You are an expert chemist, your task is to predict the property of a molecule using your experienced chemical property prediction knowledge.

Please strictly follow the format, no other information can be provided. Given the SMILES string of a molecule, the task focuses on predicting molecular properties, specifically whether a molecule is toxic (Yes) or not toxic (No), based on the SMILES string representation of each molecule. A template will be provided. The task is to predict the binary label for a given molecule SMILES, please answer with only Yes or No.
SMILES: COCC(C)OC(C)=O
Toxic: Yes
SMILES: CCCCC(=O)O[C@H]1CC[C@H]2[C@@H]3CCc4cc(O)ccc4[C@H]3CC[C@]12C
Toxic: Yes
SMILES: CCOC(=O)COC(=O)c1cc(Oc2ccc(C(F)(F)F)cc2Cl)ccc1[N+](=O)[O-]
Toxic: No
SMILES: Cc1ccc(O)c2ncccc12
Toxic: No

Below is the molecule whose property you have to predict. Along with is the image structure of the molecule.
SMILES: CN[C@@H]1[C@H](O[C@H]2[C@H](O[C@@H]3[C@@H](NC(=N)N)[C@H](O)[C@@H](NC(=N)N)[C@H](O)[C@H]3O)O[C@@H](C)[C@]2(O)CO)O[C@@H](CO)[C@H](O)[C@H]1O.CN[C@@H]1[C@H](O[C@H]2[C@H](O[C@@H]3[C@@H](NC(=N)N)[C@H](O)[C@@H](NC(=N)N)[C@H](O)[C@H]3O)O[C@@H](C)[C@]2(O)CO)O[C@@H](CO)[C@H](O)[C@H]1O
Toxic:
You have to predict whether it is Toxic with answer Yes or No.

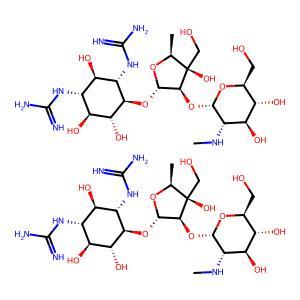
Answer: No